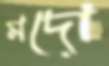
মদো